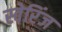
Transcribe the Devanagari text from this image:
स्वेरिंज